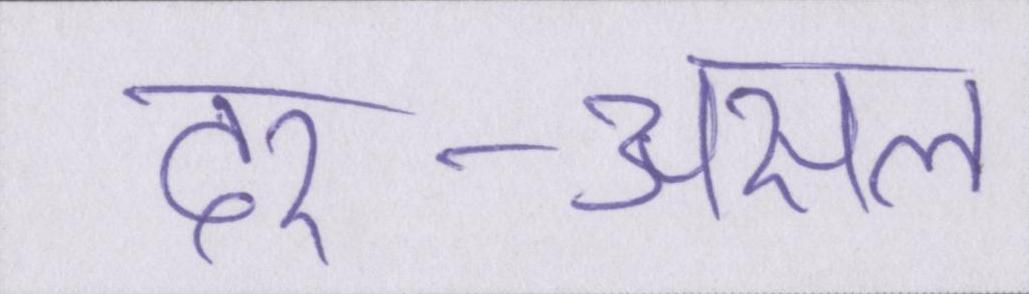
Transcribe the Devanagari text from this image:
दर-असल